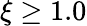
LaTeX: \xi\ge 1.0